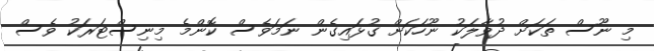
މި ނޫސް ތަކަށް ދުވާލަކު ނޫހަކަށް ގުޅައިގެން ނަމަވެސް ކޮންމެ މިނިސްޓަރަކު ވެސް